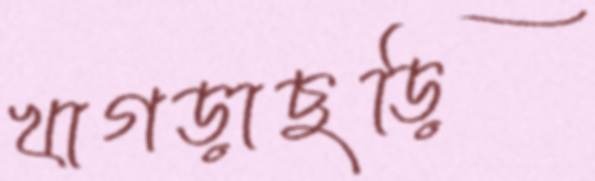
খাগড়াছড়ি